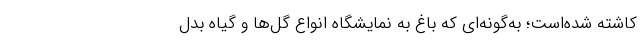
کاشته شده‌است؛ به‌گونه‌ای که باغ به نمایشگاه انواع گل‌ها و گیاه بدل